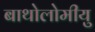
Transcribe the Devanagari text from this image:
बाथोलोमीयु